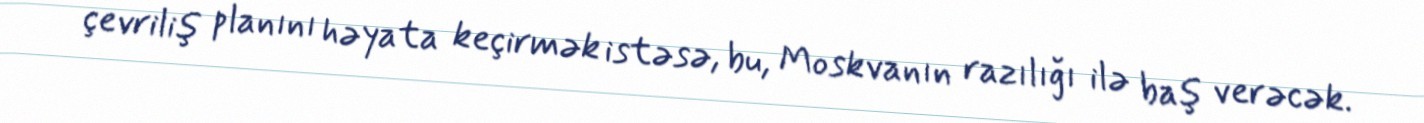
çevriliş planını həyata keçirmək istəsə, bu, Moskvanın razılığı ilə baş verəcək.